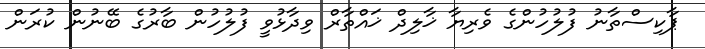
ޕާކިސްތާނު ފުލުހުންގެ ވެރިޔާ ޚާލިދް ޚައްތާރް ވިދާޅުވީ ފުލުހުން ބާރުގެ ބޭނުން ކުރަން